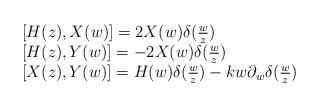
LaTeX: \begin{align*}\mathrm{}\begin{array}{lll} &[H(z),X(w)]=2X(w)\delta(\frac{w}{z})\\&[H(z),Y(w)]=-2X(w)\delta(\frac{w}{z})\\&[X(z),Y(w)]=H(w)\delta(\frac{w}{z})-kw\partial_w\delta(\frac{w}{z})\end{array}\end{align*}